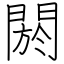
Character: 閼